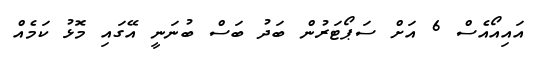
އައިއޯއެސް 6 އަށް ސަޕޯޓަރުން ބަދު ބަސް ބުނަނީ އޭގައި މޮޅު ކަމެއް